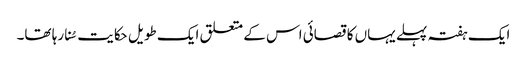
ایک ہفتہ پہلے یہاں کا قصائی اس کے متعلق ایک طویل حکایت سُنا رہا تھا۔